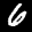
Label: 6